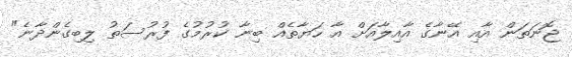
ޖޮނަތަން އާއި އޭނާގެ އާއިލާއަށް އާ ހަޔާތެއް ބިނާ ކުރުމުގެ ފުރުސަތު ލިބިގެންދާނެ"